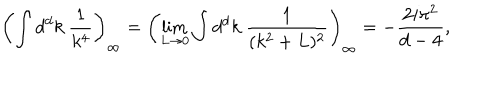
\left( \int d ^ { d } k \ \frac { 1 } { k ^ { 4 } } \right) _ { \infty } = \left( \lim _ { L \to 0 } \int d ^ { d } k \ \frac { 1 } { ( k ^ { 2 } + L ) ^ { 2 } } \right) _ { \infty } = - \frac { 2 i \pi ^ { 2 } } { d - 4 } ,